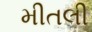
મીતલી